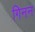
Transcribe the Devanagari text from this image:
गिनन